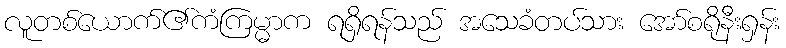
လူတစ်ယောက်၏ကံကြမ္မာက ရရှိရန်သည် အသေခံတပ်သား အော်စရိုနီးရှန်း